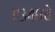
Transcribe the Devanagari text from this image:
ए३४०चे